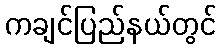
ကချင်ပြည်နယ်တွင်